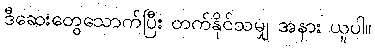
ဒီဆေးတွေသောက်ပြီး တက်နိုင်သမျှ အနား ယူပါ။